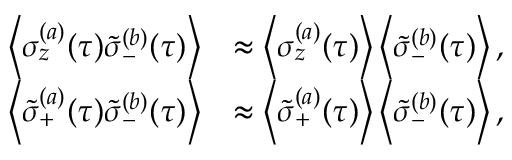
\begin{array} { r l } { \left\langle \sigma _ { z } ^ { ( a ) } ( \tau ) \tilde { \sigma } _ { - } ^ { ( b ) } ( \tau ) \right\rangle } & { \approx \left\langle \sigma _ { z } ^ { ( a ) } ( \tau ) \right\rangle \left\langle \tilde { \sigma } _ { - } ^ { ( b ) } ( \tau ) \right\rangle , } \\ { \left\langle \tilde { \sigma } _ { + } ^ { ( a ) } ( \tau ) \tilde { \sigma } _ { - } ^ { ( b ) } ( \tau ) \right\rangle } & { \approx \left\langle \tilde { \sigma } _ { + } ^ { ( a ) } ( \tau ) \right\rangle \left\langle \tilde { \sigma } _ { - } ^ { ( b ) } ( \tau ) \right\rangle , } \end{array}